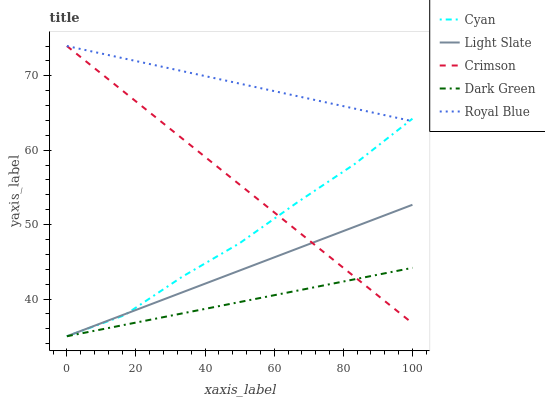
| xaxis_label | Cyan | Light Slate | Crimson | Dark Green | Royal Blue |
 | --- | --- | --- | --- | --- | --- |
 | 0 | 35 | 35 | 74 | 35 | 74 |
 | 16.7 | 37.8 | 37.9 | 67.8 | 36.5 | 72.3 |
 | 33.3 | 43 | 40.9 | 61.6 | 38.1 | 70.6 |
 | 50 | 47.5 | 43.8 | 55.4 | 39.6 | 68.9 |
 | 66.7 | 53 | 46.8 | 49.2 | 41.1 | 67.3 |
 | 83.3 | 58.2 | 49.7 | 43 | 42.7 | 65.6 |
 | 100 | 64.2 | 52.7 | 36.7 | 44.2 | 63.9 |